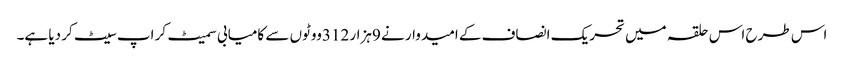
اس طرح اس حلقہ میں تحریک انصاف کے امیدوار نے 9ہزار 312ووٹوں سے کامیابی سمیٹ کر اپ سیٹ کر دیا ہے۔